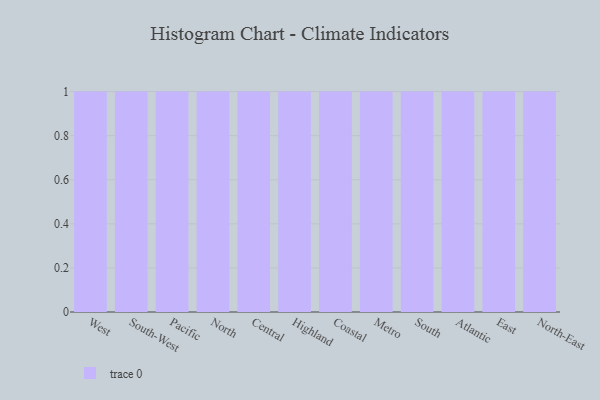
{"axis": {"x": "Region", "y": "Satisfaction Score"}, "legend": [""], "data": [{"x": "West", "y": 37, "type": ""}, {"x": "South-West", "y": 72, "type": ""}, {"x": "Pacific", "y": 37, "type": ""}, {"x": "North", "y": 85, "type": ""}, {"x": "Central", "y": 86, "type": ""}, {"x": "Highland", "y": 72, "type": ""}, {"x": "Coastal", "y": 22, "type": ""}, {"x": "Metro", "y": 34, "type": ""}, {"x": "South", "y": 24, "type": ""}, {"x": "Atlantic", "y": 24, "type": ""}, {"x": "East", "y": 71, "type": ""}, {"x": "North-East", "y": 67, "type": ""}]}